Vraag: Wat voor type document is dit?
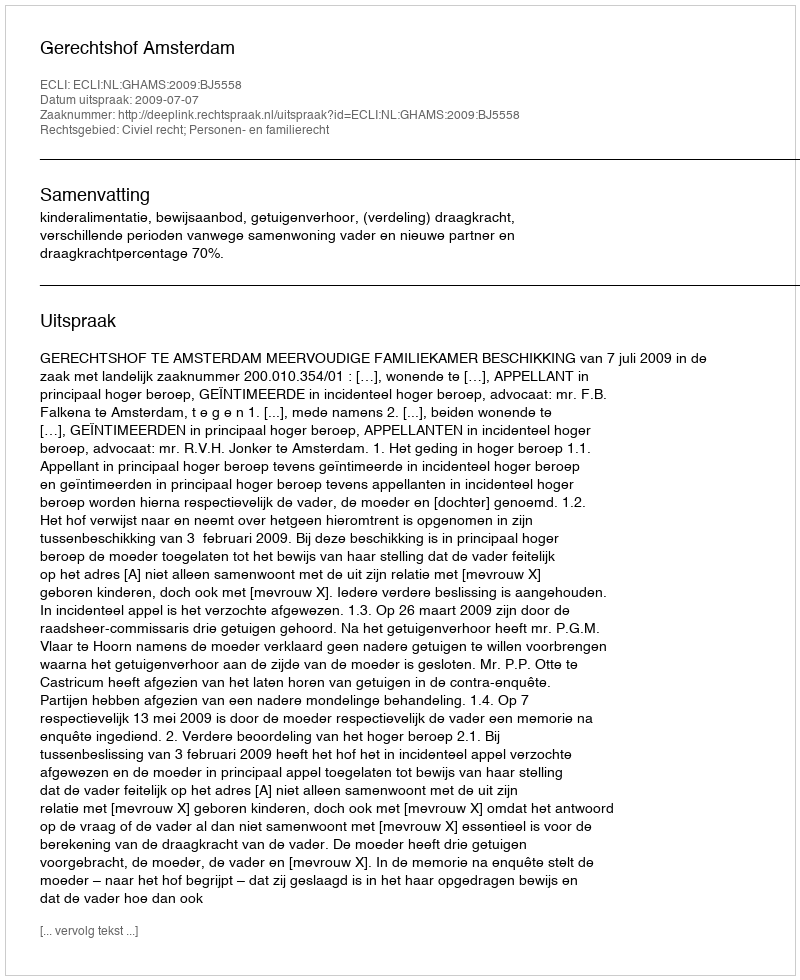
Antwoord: Uitspraak